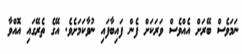
ނަމަވެސް ބޭރަށް އެއްވެސް ވަރަކަށް ފެން ފައިބާފައި ނުވާކަމަށެވެ. އޭގެ ތެރޭގައި އޮއްވާ